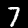
Label: 7